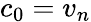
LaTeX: c_{0}=v_{n}